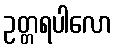
ဥတ္တရပါလော